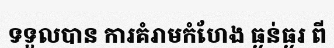
ទទួលបាន ការគំរាមកំហែង ធ្ងន់ធ្ងរ ពី